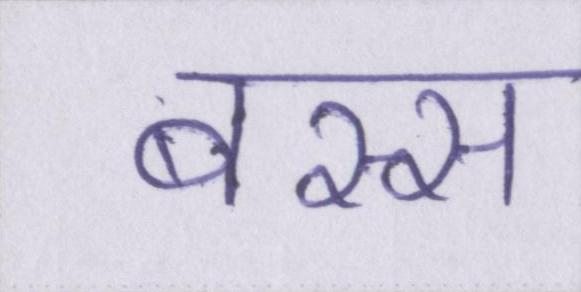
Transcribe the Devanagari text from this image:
बस्स